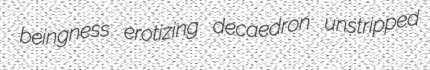
beingness erotizing decaedron unstripped